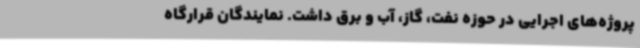
پروژه‌های اجرایی در حوزه نفت، گاز، آب و برق داشت. نمایندگان قرارگاه